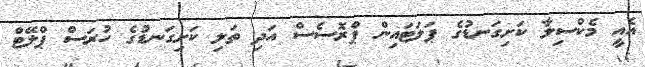
އެއީ މެކްސިލާ ކަށިގަނޑުގެ ޕަލަޓައިން ޕްރޮސެސް އަދި ތަލި ކަށިގަނޑުގެ ހުރަސް ޕްލޭޓް